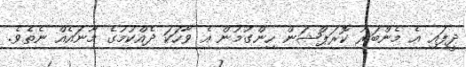
ދީފައި އެ މެންބަރު ކޮރަޕްޝަން ހިންގުމުން އެ ވާހަކަ ދެއްކުމުގެ މާނައެއް ނެތެވެ.